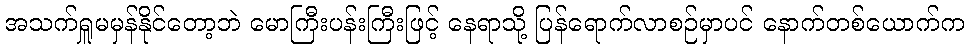
အသက်ရှူမမှန်နိုင်တော့ဘဲ မောကြီးပန်းကြီးဖြင့် နေရာသို့ ပြန်ရောက်လာစဉ်မှာပင် နောက်တစ်ယောက်က